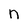
Character: n